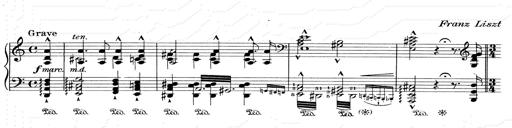
Title: RÃ©miniscences de Don Juan
Composer: Franz Liszt